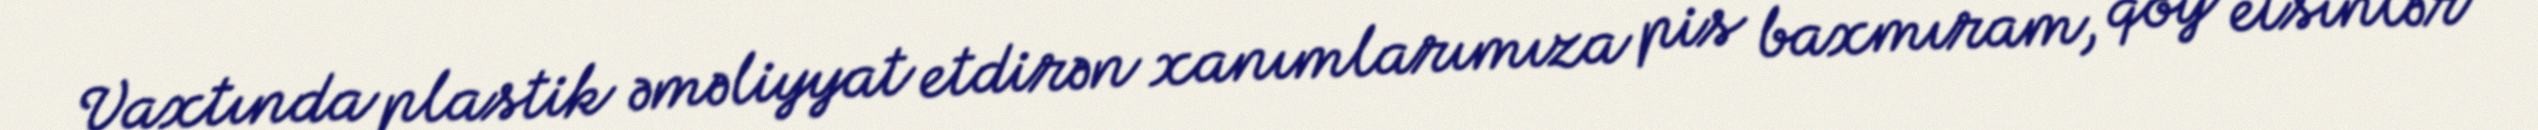
Vaxtında plastik əməliyyat etdirən xanımlarımıza pis baxmıram, qoy etsinlər